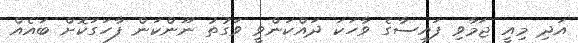
އަދި މިއީ ޖަމާވި ފައިސާގެ ވާހަކަ ދައްކަންވީ ވަގުތު ނޫންކަން ފާހަގަކޮށް ބައެއް